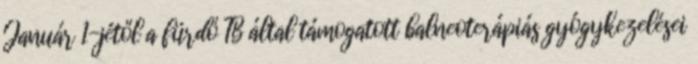
Január 1-jétől a fürdő TB által támogatott balneoterápiás gyógykezelései